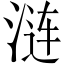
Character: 涟